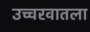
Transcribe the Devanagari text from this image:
उच्चरवातला